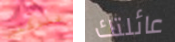
للدكتور عائلتك